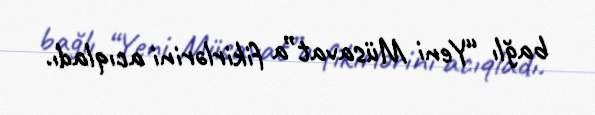
bağlı “Yeni Müsavat”a fikirlərini acıqladı.